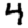
Digit: 4